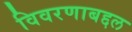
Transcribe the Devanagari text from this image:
विवरणाबद्दल